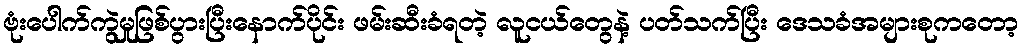
ဗုံးပေါက်ကွဲမှုဖြစ်ပွားပြီးနောက်ပိုင်း ဖမ်းဆီးခံရတဲ့ လူငယ်တွေနဲ့ ပတ်သက်ပြီး ဒေသခံအများစုကတော့